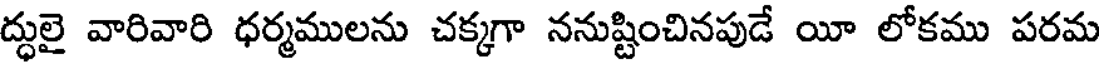
ద్ధులై వారివారి ధర్మములను చక్కగా ననుష్టించినపుడే యీ లోకము పరమ